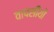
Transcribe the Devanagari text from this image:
वापसीयों